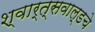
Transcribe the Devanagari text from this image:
श्वार्त्सवाल्डचे